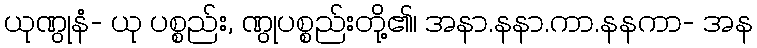
ယုဏွုနံ- ယု ပစ္စည်း, ဏွုပစ္စည်းတို့၏၊ အနာ.နနာ.ကာ.နနကာ- အန